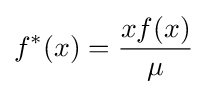
f^{*}(x)={\frac {xf(x)}{\mu }}